Vital statistics of India. Vol. VI, European troops 1870-79
Year: 1870
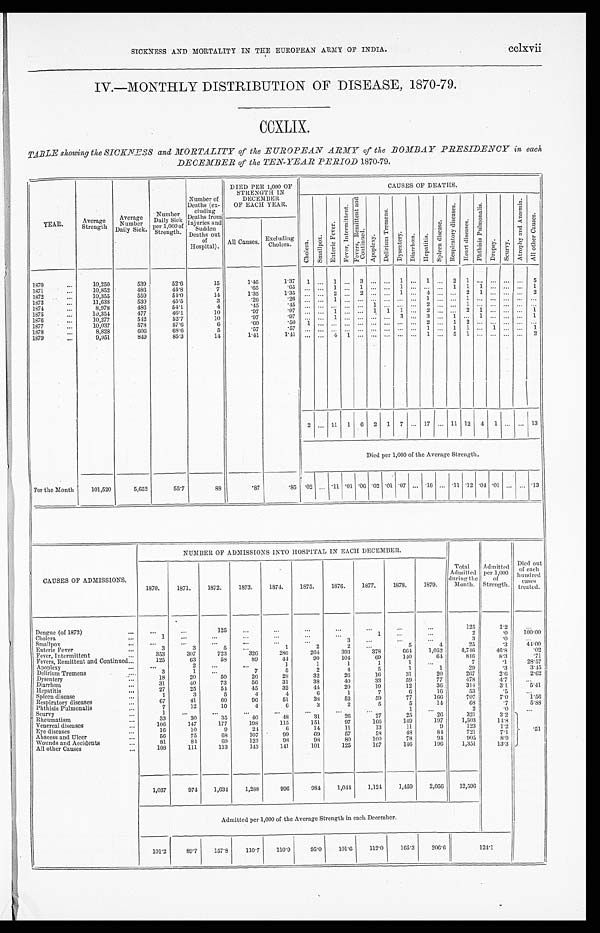
SICKNESS AND MORTALITY IN THE EUROPEAN ARMY OF INDIA.
cclxvii
IV.—MONTHLY DISTRIBUTION OF DISEASE, 1870-79.
CCXLIX.
TABLE showing the SICKNESS and MORTALITY of the EUROPEAN ARMY of the BOMBAY PRESIDENCY in each,
DECEMBER of the TEN-YEAR PERIOD 1870-79.
YEAR.
Average
Strength
Average
Number
Daily Sick
Number
Daily Sick
per 1,000 of
Strength.
Number of
Deaths (ex-
c l u d i n g D e a t h s f r o m
Injuries and
Sudden
Deaths out
of
Hospital).
DIED PER 1,000 OF
STRENGTH IN
DECEMBER
OF EACH YEAR.
CAUSES OF DEATHS.
C h o l e r a .
S m a l l p o x .
E n t e r i c F e v e r . F e v e r , I n t e r m i t t e n t .
F e v e r s , R e m i t t e n t a n d C o n t i n u e d .
A p o p l e x y .
D e l i r i u m T r e m e n s . D y s e n t e r y . D i a r r h œ a . H e p a t i t i s .
S p l e e n d i s e a s e .
R e s p i r a t o r y d i s e a s e s .
H e a r t d i s e a s e s .
P h t h i s i s P u l m o n a l i s .
D r o p s y . S c u r v y .
A t r o p h y a n d A n æ m i a .
A l l o t h e r C a u s e s .
All Causes. Excluding
Cholera.
1870
...
10,250
539
52.6
15
1.46
1 . 3 7
1
...
1
...
3
... ...
1
...
1
...
2 1
... ... ... ...
5
1871
...
10,852
486
44.8
7
.65
.65
... ... 1
...
1
... ...
1
... ... ...
1 1 1
... ... ...
1
1872
...
10,355
559
54.0
14
1.35
1.35 ... ... 2
...
2
... ...
1
...
4
... ...
2
1
... ... ...
2
1873
...
11,638
530
45.5
3
.26
. 2 6
... ...
1
... ... ... ... ...
... 1
... ...
1
... ... ... ... ...
1874
...
8,978
486
54.1
4
.45
.45 ... ...
...
... ... 1
... ... ...
2
... ...
1
... ... ... ... ...
1875
...
10,354
477
46.1
10
.97
.97
... ...
1
... ...
1 1
1
...
2
... ...
2
1
... ... ...
1
1876
...
10,277
542
52.7
10
.97
.97
... ...
1
...
... ...
...
3
...
3
...
1
...
1
... ... ...
1
1877
...
10,037
578
57.6
6
.60
.50 1
... ... ... ... ... ... ... ...
2 ... 1 2
...
...
... ...
...
1878
...
8,828
606
68.6
5
.57
. 5 7
... ... ... ... ... ... ... ... ...
1 ... 1 1 ... 1
... ...
1
1879
...
9,951
849
85.3
14
1.41 1.41
... ...
4
1
... ... ... ... ...
1
...
5 1
... ... ... ...
2
2 ... 11 1 6 2 1 7 ... 17 ... 11 12 4 1
...
... 13
Died per 1,000 of the Average Strength.
For the Month
101,520
5,652
55.7
88
.87
.85
.
0 2
... .11 .01 .06 .02 .01 .07 ... .16 ... .11 . 12 .04 .01 ... ... .13
CAUSES OF ADMISSIONS.
NUMBER OF ADMISSIONS INTO HOSPITAL IN EACH DECEMBER.
Total
Admitted
during the
Month.
Admitted
per 1,000
of
Strength.
D i e d o u t o f e a c h h u n d r e d c a s e s
treated.
1870.
1871.
1872.
1873.
1874.
1875.
1876.
1877.
1878.
1879.
Dengue (of 1872)
. . .
...
125
...
...
...
...
...
...
...
125
1 . 2
. . .
Cholera
1
...
...
...
...
... ...
1
...
...
2
. 0
1 0 0 . 0
Smallpox
...
...
...
...
...
...
3
...
...
...
3
. 0
. . .
Enteric Fever
3
3
5
...
1
2
2
...
5
4
2 5
. 3
4 4 . 0 0
Fever, Intermittent
353
307
723
326
286
264
393
378
661
1,052
4,746
4 6 . 8
. 0 2
Fevers, Remittent and Continued
125
63
58
89
4 4
90
104
69
140
6 4
8 4 6
8 . 3
. 7 1
Apoplexy
...
2
...
...
1
1
11
1
1
. . .
7
.1
2 8 . 5 7
Delirium Tremens
3
1
...
7
5
2
4
5
1
1 29
. 3
3 . 4 5
Dysentery
18
20
50
26
28
32
2 6
1 6
31
2 0
2 6 7
2 . 6
2 . 6 2
Diarrhœa
3 1
40
73
56
31
38
40
33
59
77
478
4.7
. . .
Hepatitis
27
25
54
45
32
44
20
1 9
12
3 6
3 1 4
3 . 1
5 . 4 1
Spleen disease
1
3
5
4
4
6
1
7
6
1 6
5 3
.5
. . .
Respiratory diseases
67
41
60
96
51
38
52
5 9
77
1 6 6
7 0 7
7. 0
1 . 5 6
Phthisis Pulmonalis
7
12
10
4
6
3
2
5
5
1 4
6 8
. 7
5 . 8 8
Scurvy
1
...
...
...
...
...
...
. . .
1
. . .
2
. 0
. . .
Rheumatism
33
30
35
40
48
31
26
2 7
25
26
3 2 1
3 . 2
Venereal disease
1 0 6
147
177
198
115
151
97
1 6 6
149
197
1 , 5 0 3
1 4 . 8
Eye diseases
1 6
10
9
24
6
14
11
1 3
11
9
1 2 3
1 . 2
Abscess and Ulcer
56
75
6 8
107
99
69
57
5 8
48
84
7 2 1
7 . 1
. 5 1
Wounds and Accidents
. . .
81
81
69
123
98
98
80
1 0 0
78
9 4
9 0 5
8 . 9
All other Causes
. . .
1 0 8
111
113
143
141
101
125
167
146
196
1 , 3 5 1
1 3 . 3
1,037
974
1,634 1,288
996
984 1,044 1,124 1,459
2,056
12,596
Admitted per 1,000 of the Average Strength in each December.
101.2
89.7 157.8
110.7 110.9
95.0 101.6
112.0 165.3
206.0
1 2 4 . 1